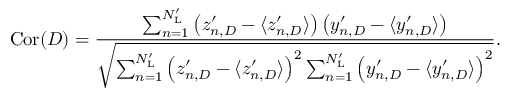
\mathrm { C o r } ( D ) = \frac { \sum _ { n = 1 } ^ { N _ { \mathrm { L } } ^ { \prime } } \left( z _ { n , D } ^ { \prime } - \langle z _ { n , D } ^ { \prime } \rangle \right) \left( y _ { n , D } ^ { \prime } - \langle y _ { n , D } ^ { \prime } \rangle \right) } { \sqrt { \sum _ { n = 1 } ^ { N _ { \mathrm { L } } ^ { \prime } } \left( z _ { n , D } ^ { \prime } - \langle z _ { n , D } ^ { \prime } \rangle \right) ^ { 2 } \sum _ { n = 1 } ^ { N _ { \mathrm { L } } ^ { \prime } } \left( y _ { n , D } ^ { \prime } - \langle y _ { n , D } ^ { \prime } \rangle \right) ^ { 2 } } } .